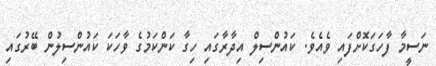
ނަސީމާ ފާހަގަކޮށްފައި ވެއެވެ. ކައުންސިލް އިދާރާގައި ހިގާ ކަންކަމުގެ ވާހަކަ ކައުންސިލުން ބޭރުގައި